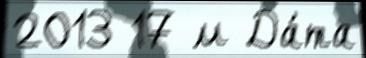
2013 17 м Да́та